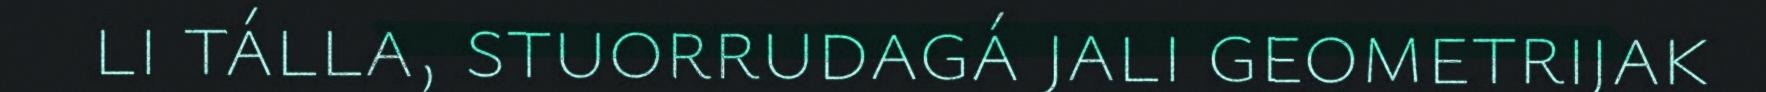
li tálla, stuorrudagá jali geometrijak